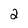
Character: 2